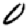
Digit: 0